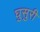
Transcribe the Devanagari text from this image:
घुसुरी